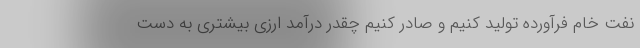
نفت خام فرآورده تولید کنیم و صادر کنیم چقدر درآمد ارزی بیشتری به دست